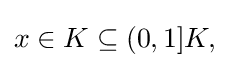
{\textstyle x\in K\subseteq (0,1]K,}